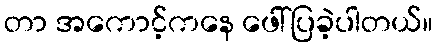
တာ အကောင့်ကနေ ဖေါ်ပြခဲ့ပါတယ်။